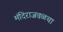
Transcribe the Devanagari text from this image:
मंदिराजवळचा